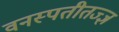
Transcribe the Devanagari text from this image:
वनस्पतीतज्‍ज्ञ